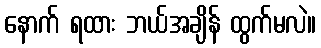
နောက် ရထား ဘယ်အချိန် ထွက်မလဲ။